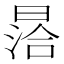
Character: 㬁